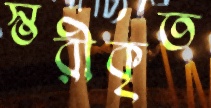
স্তরীকৃত